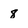
Character: 8